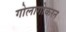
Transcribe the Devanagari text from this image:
गोलागोकरन